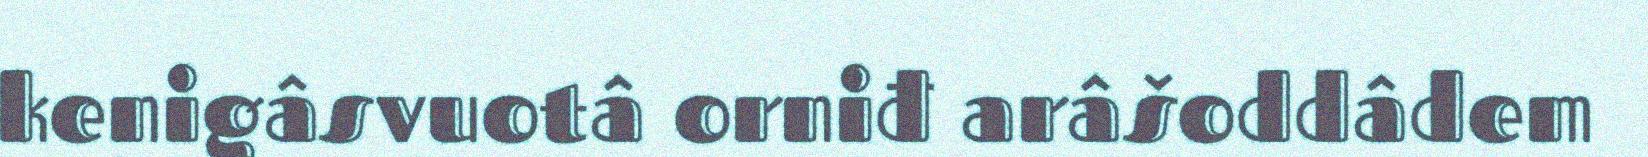
kenigâsvuotâ orniđ arâšoddâdem